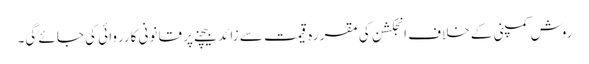
روش کمپنی کے خلاف انجکشن کی مقررہ قیمت سے زائد بیچنے پر قانونی کارروائی کی جائے گی۔